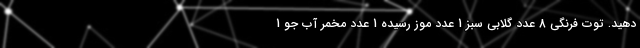
دهید. توت فرنگی 8 عدد گلابی سبز 1 عدد موز رسیده 1 عدد مخمر آب جو 1